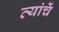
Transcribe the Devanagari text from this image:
त्यांचेेें